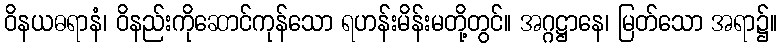
ဝိနယဓရာနံ၊ ဝိနည်းကိုဆောင်ကုန်သော ရဟန်းမိန်းမတို့တွင်။ အဂ္ဂဋ္ဌာနေ၊ မြတ်သော အရာ၌။